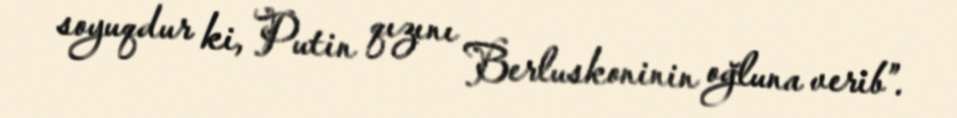
soyuqdur ki, Putin qızını Berluskoninin oğluna verib”.